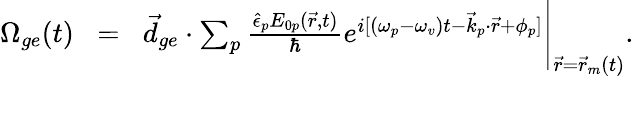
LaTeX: \begin{array}{rlr}{\Omega_{ge}(t)\! }&{=}&{\! \vec{d}_{ge}\cdot\sum_{p}\frac{\hat{\epsilon}_{p}E_{0p}(\vec{r},t)}{\hbar}e^{i[(\omega_{p}-\omega_{v})t-\vec{k}_{p}\cdot\vec{r}+\phi_{p}]}\Bigg\rvert_{\vec{r}=\vec{r}_{m}(t)}.}\\ &{}&\end{array}